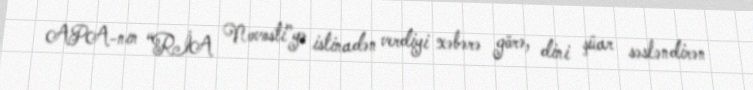
APA-nın “RİA Novosti”yə istinadən verdiyi xəbərə görə, dini şüar səsləndirən